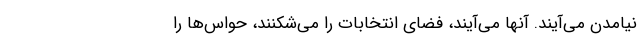
نیامدن می‌آیند. آنها می‌آیند، فضای انتخابات را می‌شکنند، حواس‌ها را